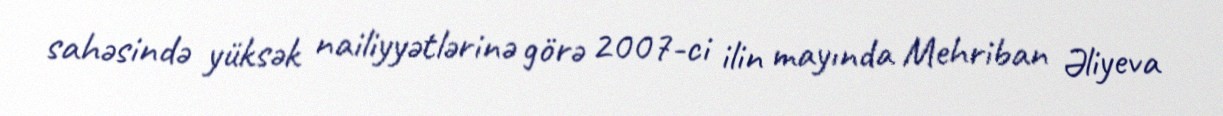
sahəsində yüksək nailiyyətlərinə görə 2007-ci ilin mayında Mehriban Əliyeva